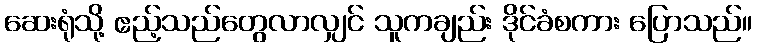
ဆေးရုံသို့ ဧည့်သည်တွေလာလျှင် သူကချည်း ဒိုင်ခံစကား ပြောသည်။